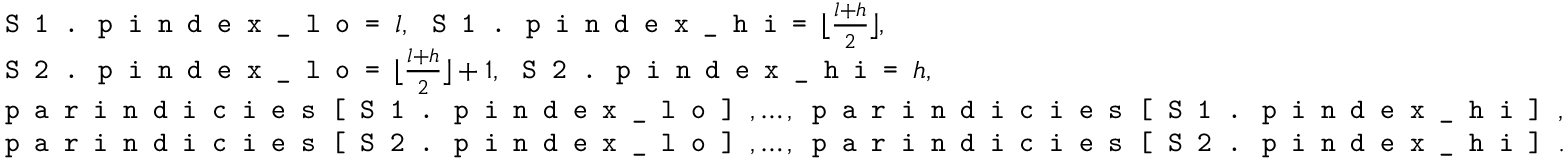
\begin{array} { r l } & { \texttt { S 1 . p i n d e x \_ l o = } l , \, \texttt { S 1 . p i n d e x \_ h i = } \lfloor \frac { l + h } { 2 } \rfloor , } \\ & { \texttt { S 2 . p i n d e x \_ l o = } \lfloor \frac { l + h } { 2 } \rfloor + 1 , \, \texttt { S 2 . p i n d e x \_ h i = } h , } \\ & { \texttt { p a r i n d i c i e s \string [ S 1 . p i n d e x \_ l o \string ] } , \ldots , \texttt { p a r i n d i c i e s \string [ S 1 . p i n d e x \_ h i \string ] } , } \\ & { \texttt { p a r i n d i c i e s \string [ S 2 . p i n d e x \_ l o \string ] } , \ldots , \texttt { p a r i n d i c i e s \string [ S 2 . p i n d e x \_ h i \string ] } . } \end{array}